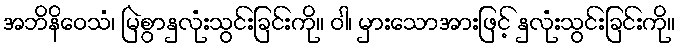
အဘိနိဝေသံ၊ မြဲစွာနှလုံးသွင်းခြင်းကို။ ဝါ၊ မှားသောအားဖြင့် နှလုံးသွင်းခြင်းကို။